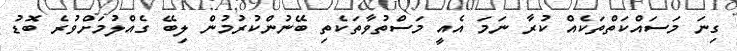
ގިނަ މަސައްކަތްތަކެއް ކުރާ ނަމަ އެއީ މަސްތުވާތަކެތި ބޭނުންކުރުމުން ލިބޭ ގެއްލުމަށްވުރެ ބޮޑު